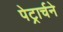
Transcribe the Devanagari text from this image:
पेट्रार्चने